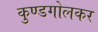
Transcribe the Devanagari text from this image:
कुण्डगोलकर